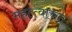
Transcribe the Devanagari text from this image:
महत्त्वाच्य़ा